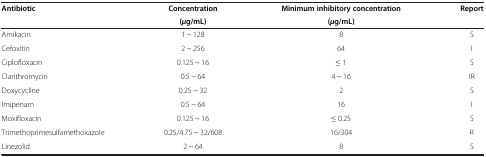
| <ROWSPAN=2> Antibiotic | Concentration | Minimum inhibitory concentration | <ROWSPAN=2> Report |
 | ( μ g/mL) | ( μ g/mL) |
 | --- | --- | --- | --- |
 | Amikacin | 1 ~ 128 | 8 | S |
 | Cefoxitin | 2 ~ 256 | 64 | I |
 | Ciplofloxacin | 0.125 ~ 16 | ≤ 1 | S |
 | Clarithromycin | 0.5 ~ 64 | 4 ~ 16 | IR |
 | Doxycycline | 0.25 ~ 32 | 2 | S |
 | Imipenam | 0.5 ~ 64 | 16 | I |
 | Moxifloxacin | 0.125 ~ 16 | ≤ 0.25 | S |
 | Trimethoprimesulfamethoxazole | 0.25/4.75 ~ 32/608 | 16/304 | R |
 | Linezolid | 2 ~ 64 | 8 | S |